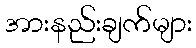
အားနည်းချက်များ